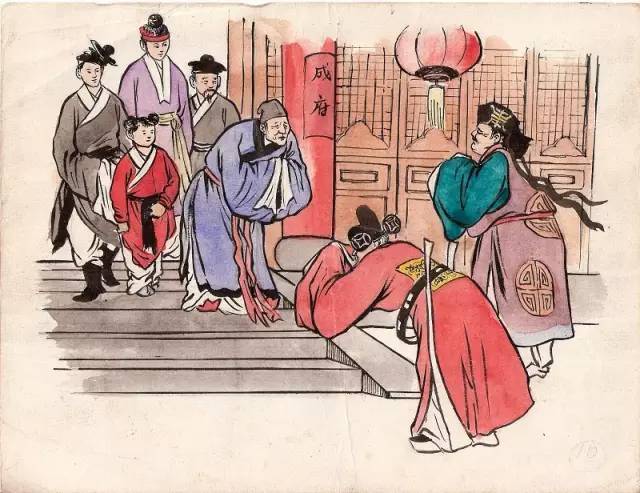
日日深杯酒满，朝朝小圃花开。